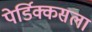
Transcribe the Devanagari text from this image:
पेर्डिक्कसला